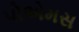
પોએમસ